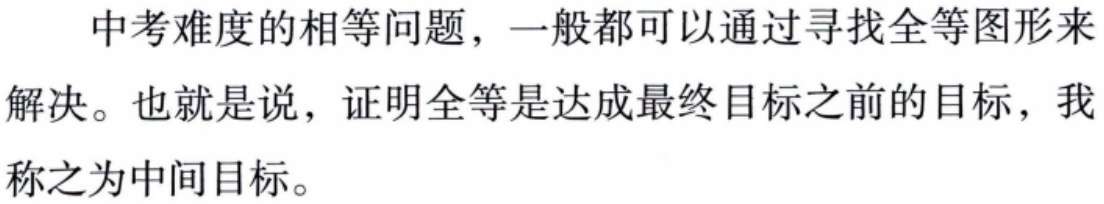
中考难度的相等问题，一般都可以通过寻找全等图形来解决。也就是说，证明全等是达成最终目标之前的目标，我称之为中间目标。